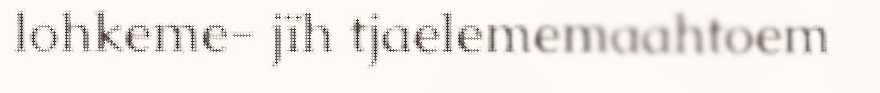
lohkeme- jïh tjaelememaahtoem